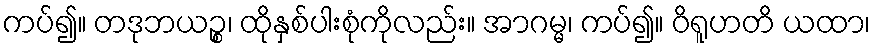
ကပ်၍။ တဒုဘယဉ္စ၊ ထိုနှစ်ပါးစုံကိုလည်း။ အာဂမ္မ၊ ကပ်၍။ ဝိရူဟတိ ယထာ၊